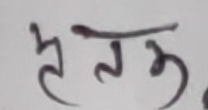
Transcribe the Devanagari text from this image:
हस्तम